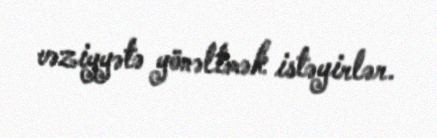
vəziyyətə yönəltmək istəyirlər.